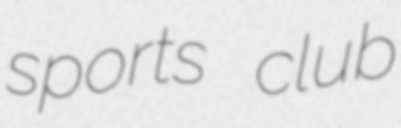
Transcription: sports club